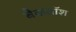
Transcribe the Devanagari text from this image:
बैकवॉश